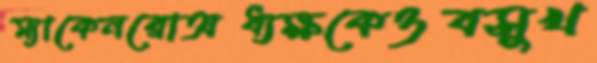
ম্যাকেনরোঅধ্যক্ষকেওবসুখ